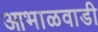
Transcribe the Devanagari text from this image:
आभाळवाडी